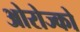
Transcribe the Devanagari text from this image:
ओरोज्को